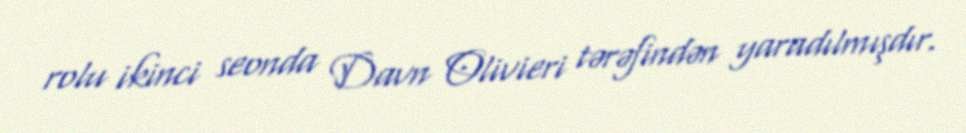
rolu ikinci seonda Davn Olivieri tərəfindən yaradılmışdır.